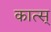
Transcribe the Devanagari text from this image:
कात्स्